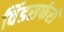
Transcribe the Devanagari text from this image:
विंडसर्फरों